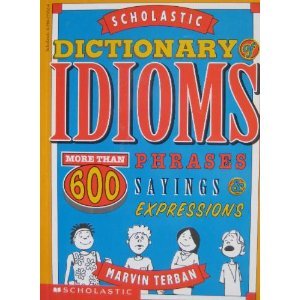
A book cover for Scholastic Dictionary of Idioms: More Than 600 Phrases, Sayings & Expressions; Marvin Terban; Reference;